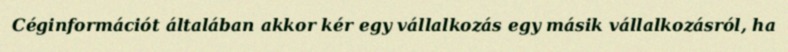
Céginformációt általában akkor kér egy vállalkozás egy másik vállalkozásról, ha